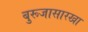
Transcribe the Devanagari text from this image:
बुरूजासारखा